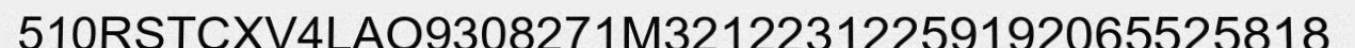
510RSTCXV4LAO9308271M32122312259192065525818